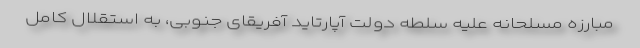
مبارزه مسلحانه علیه سلطه دولت آپارتاید آفریقای جنوبی، به استقلال کامل